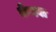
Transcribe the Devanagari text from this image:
केनवा